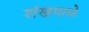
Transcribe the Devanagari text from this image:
शंखपाळे